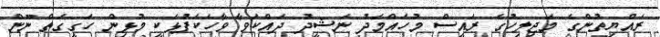
ރައްޔިތުންގެ މަޖިލިހުގެ ރައީސް މުހައްމަދު ނަޝީދު ދައްކަވާ ވާހަކަފުޅަކީ މުޅިން ހަގީގަތް ނޫން